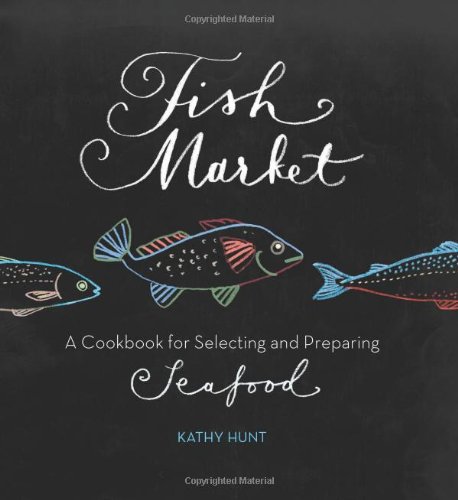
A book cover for Fish Market: A Cookbook for Selecting and Preparing Seafood; Kathy Hunt; Cookbooks, Food & Wine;